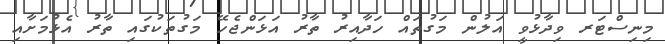
މިނިސްޓަރ ވިދާޅުވީ އަލުން މަގުތައް ހަދާއިރު ތާރު އަޅަންޖެހޭ މަގުތަކުގައި ތާރު އެޅުމަށާއި